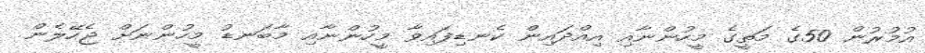
އުމުރުން 50ގެ މަތީގެ މީހުންނާއި އިއްދައިން ކެނޑިފައިވާ މީހުންނާއި މާބަނޑު މީހުންނަށް ޖެހޭލެން